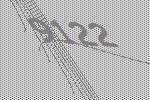
9122